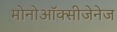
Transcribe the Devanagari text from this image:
मोनोऑक्सीजेनेज